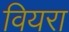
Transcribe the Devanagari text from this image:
वियरा